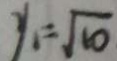
y _ { 1 } = \sqrt { 1 0 }